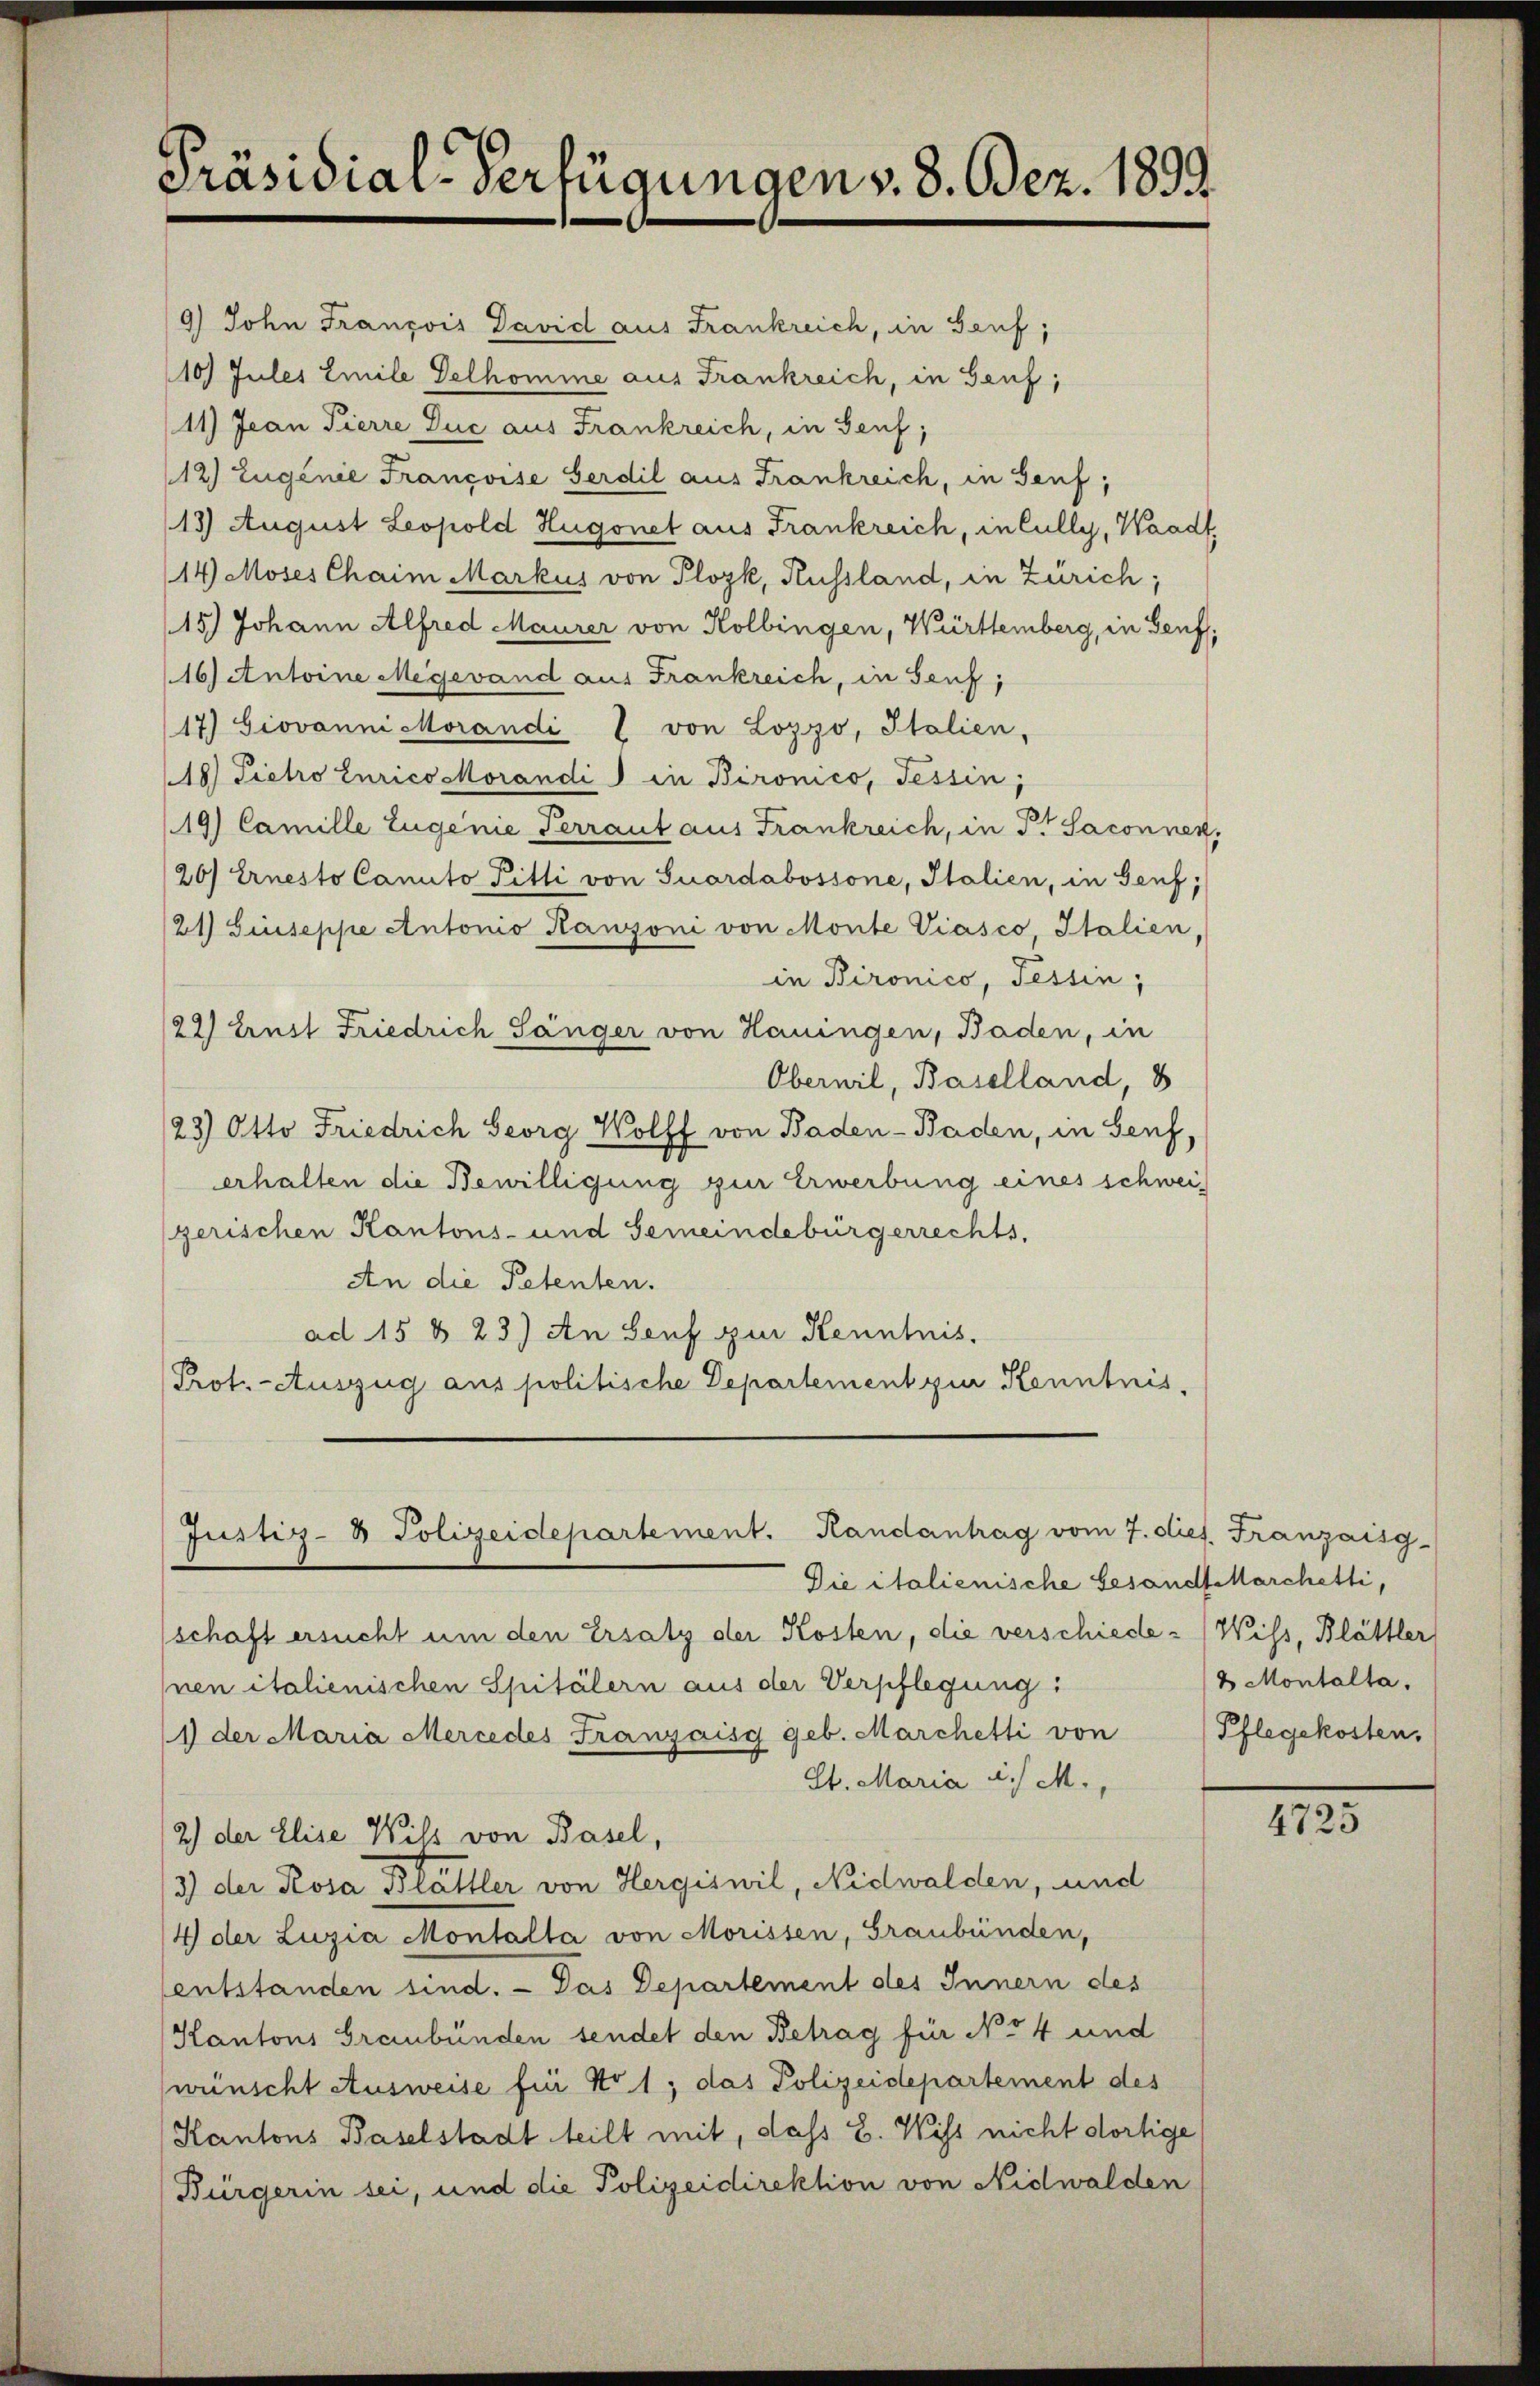
Präsidial-Verfügungen v. 8. Dez. 1893.

9) John François David aus Frankreich, in Genf,
10) Jules Emile Delhomme aus Frankreich, in Genf,
11) Jean Pierre Duc aus Frankreich, in Genf;
12) Eugenie Francoise Ferdil aus Frankreich, in Genf;
13) August Leopold Hugonet aus Frankreich, in Cully, Waadt,
14 Moses Chaim Markus von Plozk, Russland, in Zürich;
15) Johann Alfred Maurer von Kolbingen, Württemberg, in Genf,
16) Antoine Megevand aus Frankreich, in Senf,
17) Giovanni Morandi I von Lozzo, Italien,
18) Pietro Zurico Morandi in Bironico, Tessin,
19) Camille Eugenie Perraut aus Frankreich, in P. Saconnen,
26) Ernesto Canto Fitti von Suardabossone, Italien, in Genf;
/21) Giuseppe Antonio Ranzoni von Monte Viasco Italien
in Bironico, Tessin,
22) Ernst Friedrich Sänger von Hauingen, Baden, in
Oberwil, Baselland, 8
/23) Otto Friedrich Georg Wolff von Baden- Baden, in Senf,
erhalten die Bewilligung zur Erwerbung eines schwei
zerischen Kantons- und Gemeindebürgerrechts,
An die Petenten.
ad 15 § 23) An Senf zur Kenntnis.
Prot. - Auszug aus politische Departement zu Kenntnis,

Justiz- & Polizeidepartement. Randantrag vom 7. dies. Franzaisg

Die italienische besandt Marchetti,
schaft ersucht um den Ersatz der Kosten, die verschieder Wiss, Blättler
nen italienischen Spitälern aus der Verpflegung:
1 der Maria Mercedes Franzaisg geb. Marchetti von
St. Maria d. M.
2) der Elise Wils von Basel,
3) der Rosa der aller von Hergiswil, Nidwalden, und
/4 der Luzia Montalta von Morissen, Graubünden,
entstanden sind. - Das Departement des Innern des
Kantons Graubünden sendet den Betrag für No 54 und
wünscht Ausweise für Nr 1; das Polizeidepartement des
Kantons Baselstadt teilt mit, dass E. Wiss nicht dortige
Bürgerin sei, und die Polizeidirektion von Nidwalden

2 Montalta.
Pflegekosten.

4725